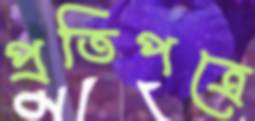
প্রতিপত্রে